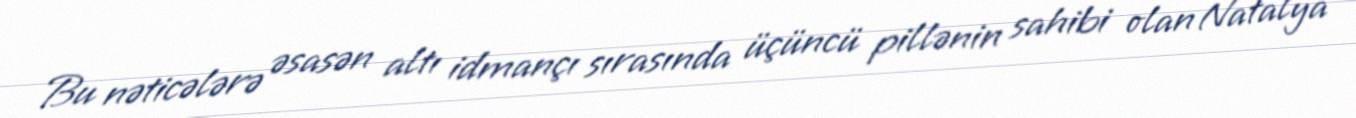
Bu nəticələrə əsasən altı idmançı sırasında üçüncü pillənin sahibi olan Natalya